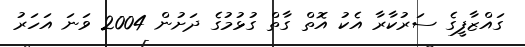
ގައްޒާފީގެ ސަރުކާރާ އެކު އޮތް ގާތް ގުޅުމުގެ ދަށުން 2004 ވަނަ އަހަރު